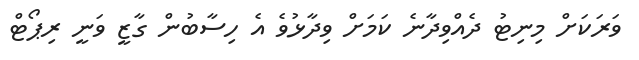
ވަރަކަށް މިނިޓު ދެއްވިދާނެ ކަމަށް ވިދާޅުވެ އެ ހިސާބުން ގާޒީ ވަނީ ރިޕޯޓް